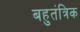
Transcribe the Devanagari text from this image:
बहुतंत्रिक